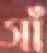
সাঁ